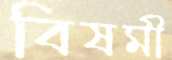
বিষমী